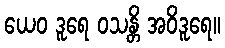
ယေဝ ဒူရေ ဝသန္တိ အဝိဒူရေ။